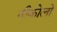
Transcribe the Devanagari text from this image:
नीकोलो